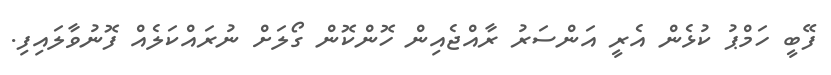
ފޭބީ ހަމްޕު ކުޅެން އެރީ އަންސަރު ރާއްޖެއިން ހޮންކޮން ގޯލަށް ނުރައްކަލެއް ފޮނުވާލައިފި.